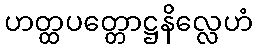
ဟတ္ထပတ္တောဋ္ဌနိလ္လေဟံ